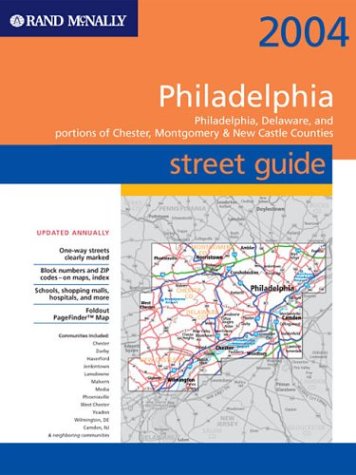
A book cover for Rand McNally 2004 Philadelphia Street Guide: Philadelphia, Delaware, and Portions of Chester, Montgomery & New Castle Counties (Rand McNally Street Guides); Rand McNally and Company; Travel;